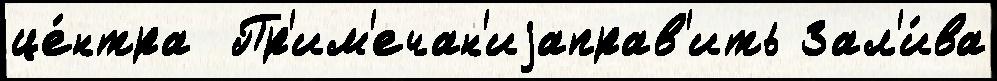
це́нтра  Пр'им'ечан'иjаправ'ить Зал'и́ва